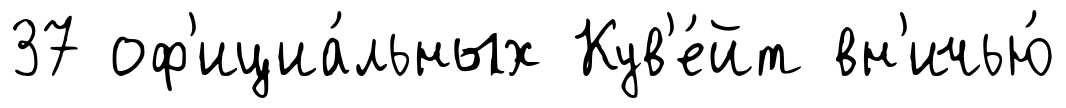
37 оф'ициа́льных Кув'е́йт вн'ичью́